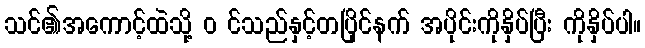
သင်၏အကောင့်ထဲသို့ ၀ င်သည်နှင့်တပြိုင်နက် အပိုင်းကိုနှိပ်ပြီး ကိုနှိပ်ပါ။